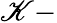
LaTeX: \mathscr{K}-